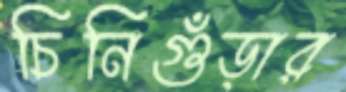
চিনিগুঁড়ার